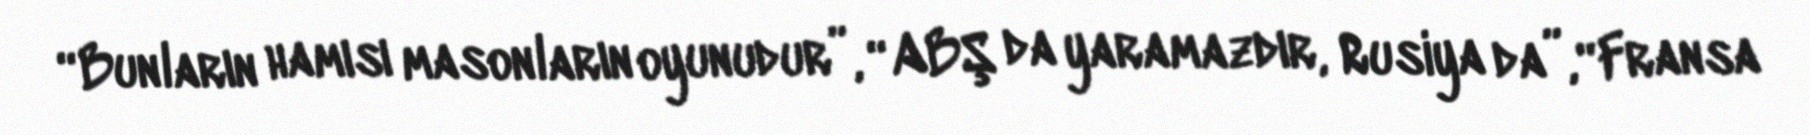
“Bunların hamısı masonların oyunudur”, “ABŞ da yaramazdır, Rusiya da”, “Fransa